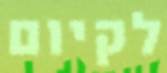
לקיום